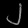
Digit: ၂